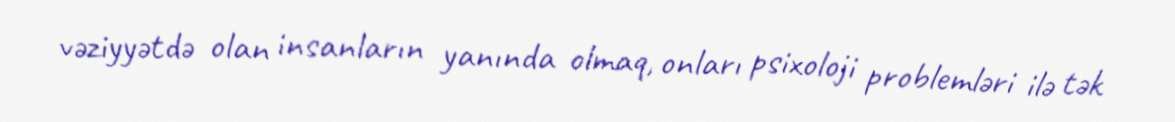
vəziyyətdə olan insanların yanında olmaq, onları psixoloji problemləri ilə tək